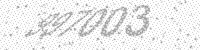
Solution: 997003